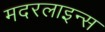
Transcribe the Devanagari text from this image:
मदरलाइन्स